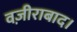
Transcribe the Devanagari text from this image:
वज़ीराबाद।